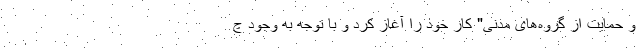
و حمایت از گروه‌های مدنی" کار خود را آغاز کرد و با توجه به وجود چ